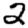
Digit: 2